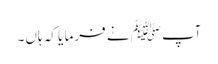
آپﷺ نے فرما یا کہ ہاں۔